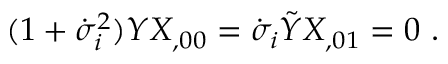
( 1 + \dot { \sigma } _ { i } ^ { 2 } ) Y X _ { , 0 0 } = \dot { \sigma } _ { i } \tilde { Y } X _ { , 0 1 } = 0 \ .